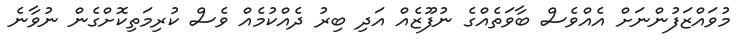
މުވައްޒަފުންނަށް އެއްވެސް ބާވަތެއްގެ ނުފޫޒެއް އަދި ބިރު ދެއްކުމެއް ވެސް ކުރިމަތިކޮށްގެން ނުވާނެ